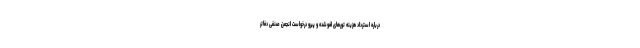
درباره استرداد هزینه‌ تورهای لغوشده و پیرو درخواست انجمن صنفی دفاتر